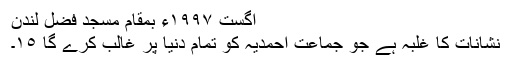
اگست ١٩٩٧ء بمقام مسجد فضل لندن
نشانات کا غلبہ ہے جو جماعت احمدیہ کو تمام دنیا پر غالب کرے گا ١٥۔